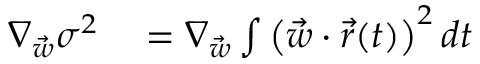
\begin{array} { r l } { \nabla _ { \vec { w } } \sigma ^ { 2 } } & { { } = \nabla _ { \vec { w } } \int \left( \vec { w } \cdot \vec { r } ( t ) \right) ^ { 2 } d t } \end{array}